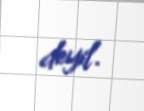
deyil.